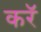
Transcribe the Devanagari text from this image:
करॅ